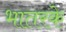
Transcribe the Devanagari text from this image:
भातरके